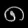
Digit: ၈